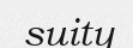
suity